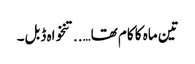
تین ماہ کا کام تھا…..تنخواہ ڈبل۔